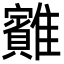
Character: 䨈